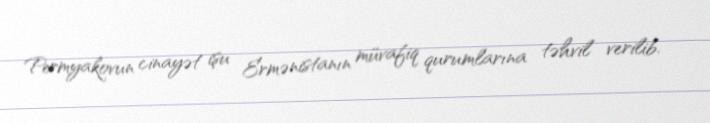
Permyakovun cinayət işu Ermənistanın müvafiq qurumlarına təhvil verilib.